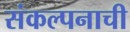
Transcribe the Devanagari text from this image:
संकल्पनाची